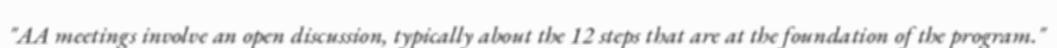
"AA meetings involve an open discussion, typically about the 12 steps that are at the foundation of the program."